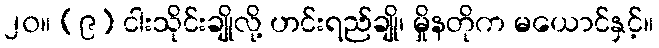
၂၀။ (၉) ငါးသိုင်းချိုလို့ ဟင်းရည်ချို၊ မှိုနတိုက မယောင်နှင့်။